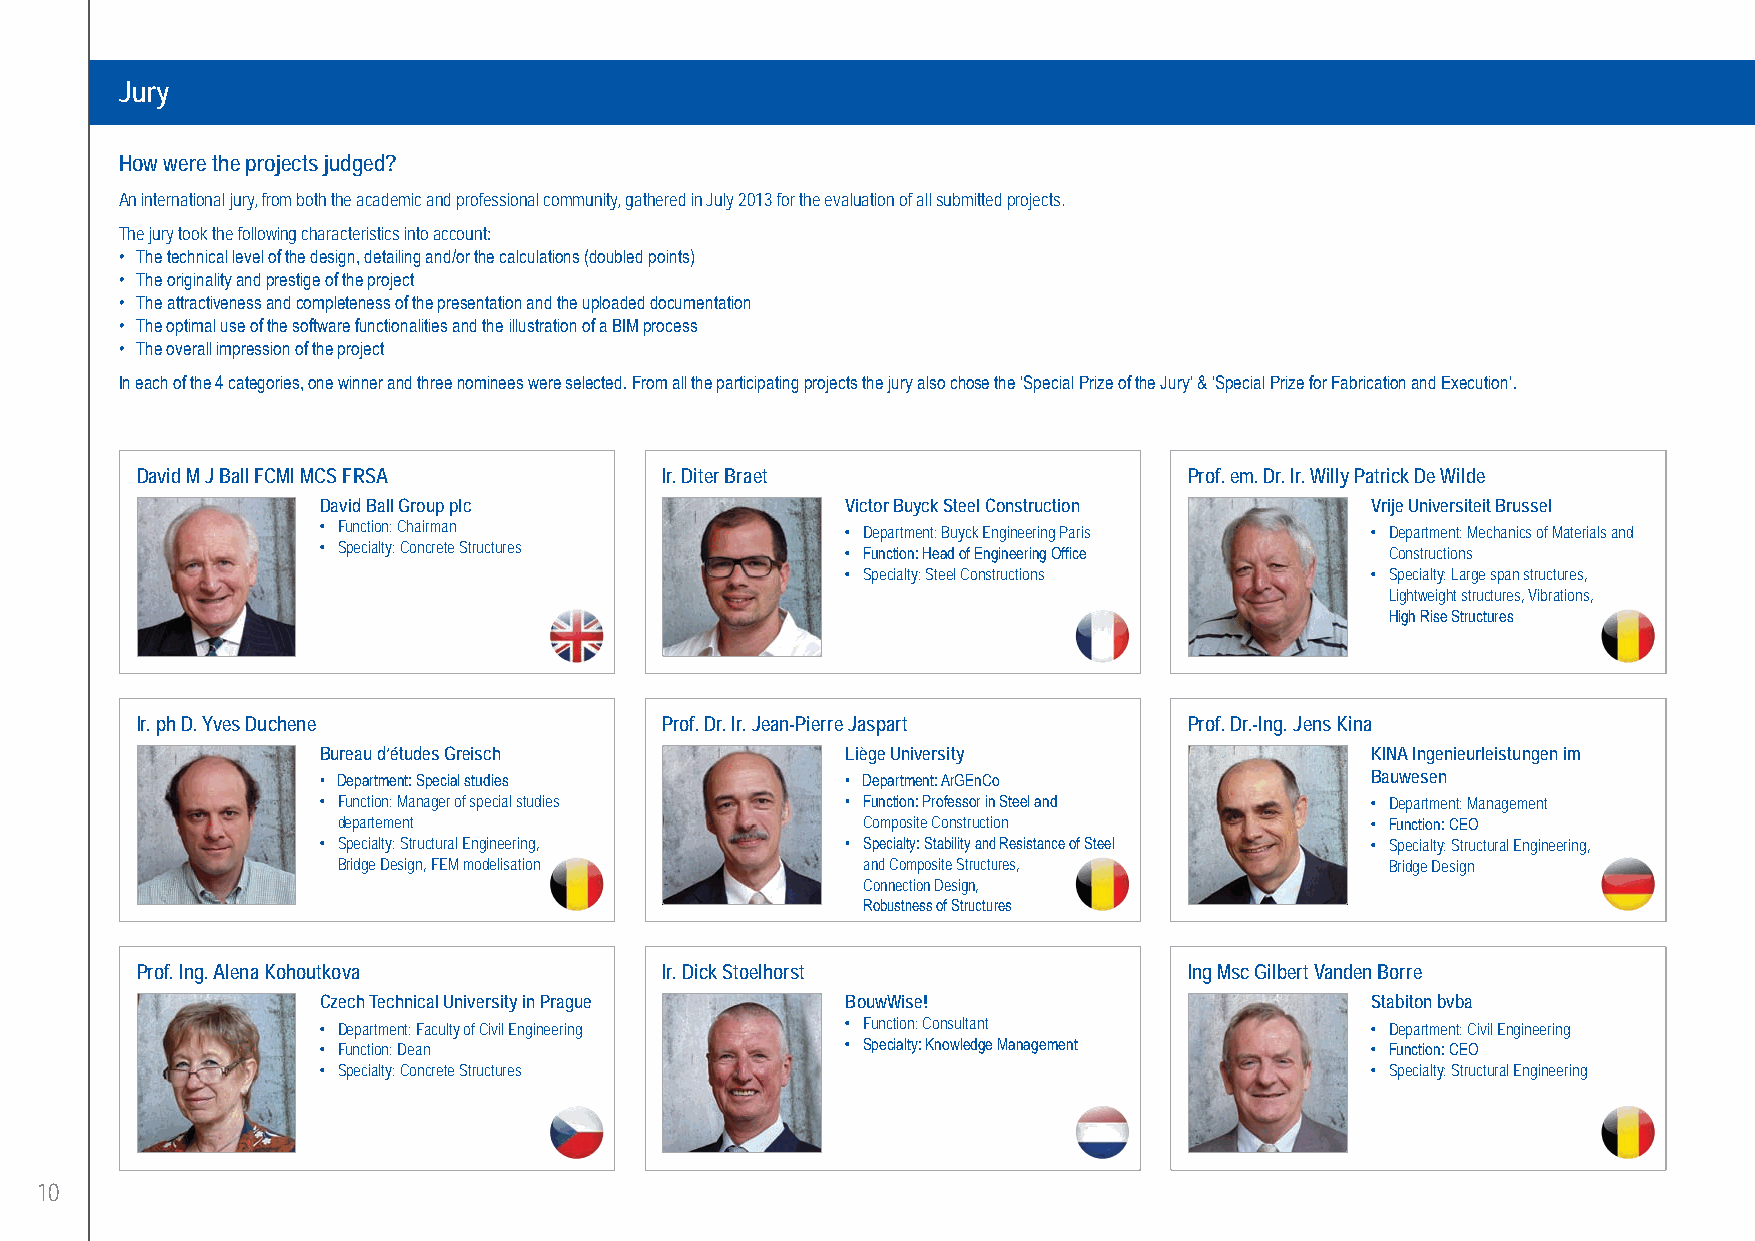
Jury
 How were the projects judged?
 An international jury, from both the academic and professional community, gathered in July 2013 for the evaluation of all submitted projects.
 The jury took the following characteristics into account:
 • The technical level of the design, detailing and/or the calculations (doubled points)
 • The originality and prestige of the project
 • The attractiveness and completeness of the presentation and the uploaded documentation
 • The optimal use of the software functionalities and the illustration of a BIM process
 • The overall impression of the project
 In each of the 4 categories, one winner and three nominees were selected. From all the participating projects the jury also chose the ‘Special Prize of the Jury’ & ‘Special Prize for Fabrication and Execution’.
 David M J Ball FCMI MCS FRSA       Ir. Diter Braet                    Prof. em. Dr. Ir. Willy Patrick De Wilde
 David Ball Group plc               Victor Buyck Steel Construction    Vrije Universiteit Brussel
 • Function: Chairman               • Department: Buyck Engineering Paris • Department: Mechanics of Materials and
 • Specialty: Concrete Structures   • Function: Head of Engineering Office Constructions
 • Specialty: Steel Constructions   • Specialty: Large span structures,
 Lightweight structures, Vibrations,
 High Rise Structures
 Ir. ph D. Yves Duchene             Prof. Dr. Ir. Jean-Pierre Jaspart  Prof. Dr.-Ing. Jens Kina
 Bureau d’études Greisch            Liège University                   KINA Ingenieurleistungen im
 • Department: Special studies      • Department: ArGEnCo              Bauwesen
 • Function: Manager of special studies • Function: Professor in Steel and • Department: Management
 departement                        Composite Construction            • Function: CEO
 • Specialty: Structural Engineering, • Specialty: Stability and Resistance of Steel • Specialty: Structural Engineering,
 Bridge Design, FEM modelisation    and Composite Structures,          Bridge Design
 Connection Design,
 Robustness of Structures
 Prof. Ing. Alena Kohoutkova        Ir. Dick Stoelhorst                Ing Msc Gilbert Vanden Borre
 Czech Technical University in Prague BouwWise!                        Stabiton bvba
 • Department: Faculty of Civil Engineering • Function: Consultant     • Department: Civil Engineering
 • Function: Dean                   • Specialty: Knowledge Management  • Function: CEO
 • Specialty: Concrete Structures                                      • Specialty: Structural Engineering
 10
 UC-2013-Book-V8.indd 10                                                                                   7/11/2013 12:20:01 PM